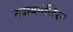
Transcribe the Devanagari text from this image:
नवाबमंजिल